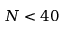
N < 4 0